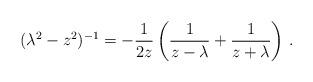
LaTeX: \begin{align*}(\lambda^2-z^2)^{-1}=-\frac{1}{2z}\left(\frac{1}{z-\lambda}+\frac{1}{z+\lambda}\right)\,.\end{align*}